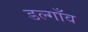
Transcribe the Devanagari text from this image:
डल्गाँव